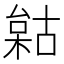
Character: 𣗺